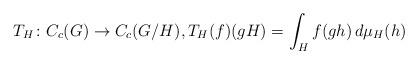
LaTeX: \begin{align*} T_H \colon C_c(G) \to C_c(G/H), T_H(f)(gH) = \int_H f(gh) \, d\mu_H(h) \end{align*}